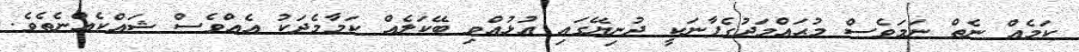
ކަމެއް ނެތް ނަމަވެސް މުޙައްމަދުގެފާނަކީ ދުނިޔޭގައި އުޅުއްވި ބޭކަލެއް ކަމާމެދަކު އެއްވެސް ޝައްކެއްނެތެވެ.